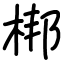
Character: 梆